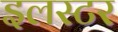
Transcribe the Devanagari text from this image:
इलस्टर